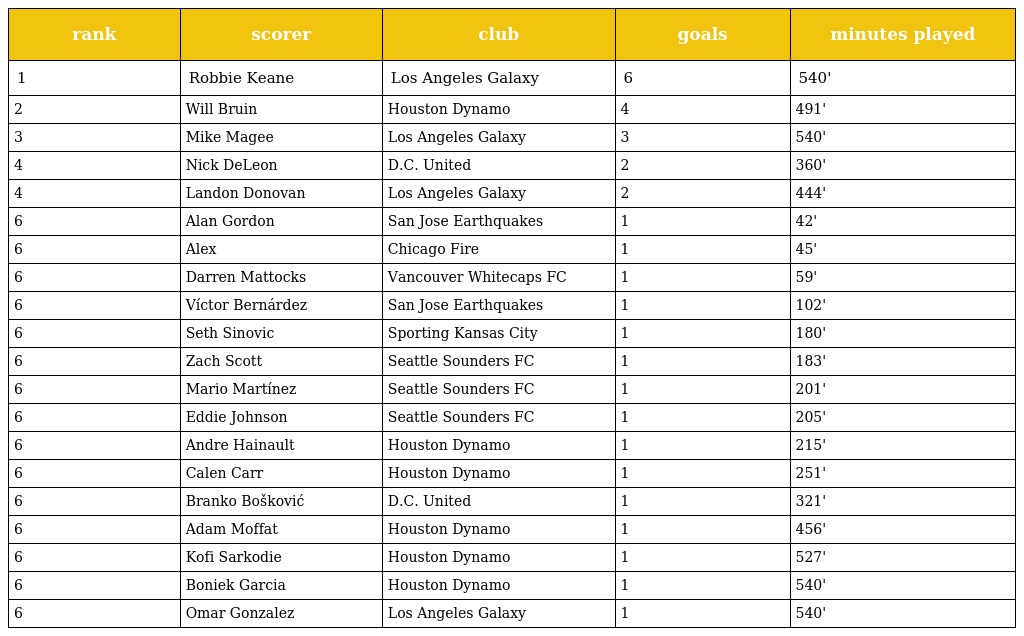
| rank | scorer | club | goals | minutes played |
 | --- | --- | --- | --- | --- |
 | 1 | Robbie Keane | Los Angeles Galaxy | 6 | 540' |
 | 2 | Will Bruin | Houston Dynamo | 4 | 491' |
 | 3 | Mike Magee | Los Angeles Galaxy | 3 | 540' |
 | 4 | Nick DeLeon | D.C. United | 2 | 360' |
 | 4 | Landon Donovan | Los Angeles Galaxy | 2 | 444' |
 | 6 | Alan Gordon | San Jose Earthquakes | 1 | 42' |
 | 6 | Alex | Chicago Fire | 1 | 45' |
 | 6 | Darren Mattocks | Vancouver Whitecaps FC | 1 | 59' |
 | 6 | Víctor Bernárdez | San Jose Earthquakes | 1 | 102' |
 | 6 | Seth Sinovic | Sporting Kansas City | 1 | 180' |
 | 6 | Zach Scott | Seattle Sounders FC | 1 | 183' |
 | 6 | Mario Martínez | Seattle Sounders FC | 1 | 201' |
 | 6 | Eddie Johnson | Seattle Sounders FC | 1 | 205' |
 | 6 | Andre Hainault | Houston Dynamo | 1 | 215' |
 | 6 | Calen Carr | Houston Dynamo | 1 | 251' |
 | 6 | Branko Bošković | D.C. United | 1 | 321' |
 | 6 | Adam Moffat | Houston Dynamo | 1 | 456' |
 | 6 | Kofi Sarkodie | Houston Dynamo | 1 | 527' |
 | 6 | Boniek Garcia | Houston Dynamo | 1 | 540' |
 | 6 | Omar Gonzalez | Los Angeles Galaxy | 1 | 540' |